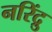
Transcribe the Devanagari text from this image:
नरिंद्रु